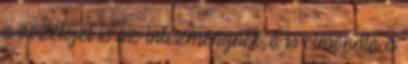
a vezetőjét is az intézménynek, ő is elmondta a